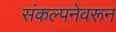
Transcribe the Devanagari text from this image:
संकल्पनेवरून